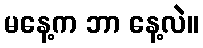
မနေ့က ဘာ နေ့လဲ။